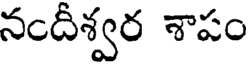
నందీశ్వర శాపం